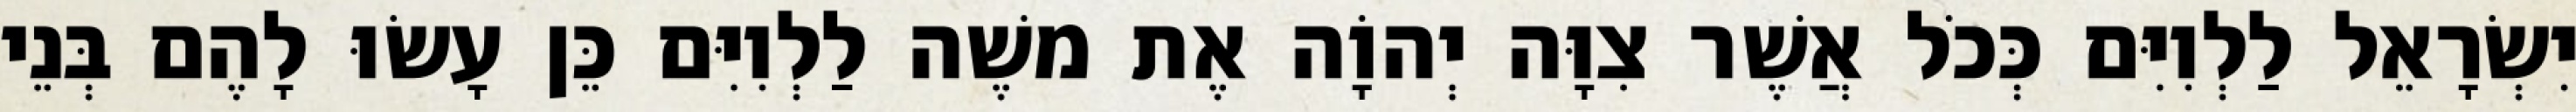
יִשְׂרָאֵל לַלְוִיִּם כְּכֹל אֲשֶׁר צִוָּה יְהוָֹה אֶת משֶׁה לַלְוִיִּם כֵּן עָשׂוּ לָהֶם בְּנֵי